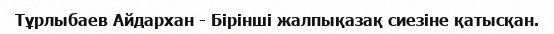
Тұрлыбаев Айдархан - Бірінші жалпықазақ сиезіне қатысқан.